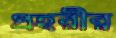
প্রহরীর